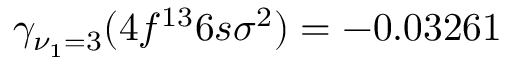
\gamma _ { \nu _ { 1 } = 3 } ( 4 f ^ { 1 3 } 6 s \sigma ^ { 2 } ) = - 0 . 0 3 2 6 1